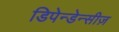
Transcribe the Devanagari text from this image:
डिपेन्डेन्सीज़